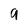
Character: 9